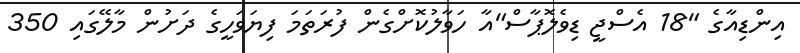
އިންޑިއާގެ "18 އެސްޖީ ޑިވެލޮޕާސް"އާ ހަވާލުކޮށްގެން ފުރަތަމަ ފިޔަވަހީގެ ދަށުން މާލޭގައި 350